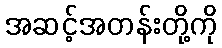
အဆင့်အတန်းတို့ကို